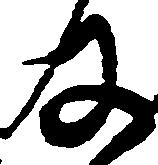
及